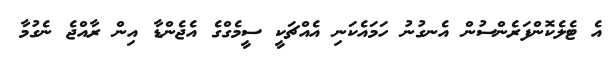
އެ ޓެލެކޮންފަރެންސުން އެނގުނު ހަމައެކަނި އެއްޗަކީ ސީމެގްގެ އެޖެންޑާ އިން ރާއްޖެ ނެގުމާ